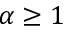
\alpha \ge 1